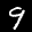
Label: 9